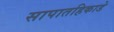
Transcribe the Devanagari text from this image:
सापातहिकाडे